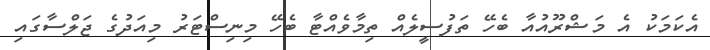
އެކަމަކު އެ މަޝްރޫއުއާ ބެހޭ ތަފުސީލެއް ތިމާވެއްޓާ ބެހޭ މިނިސްޓަރު މިއަދުގެ ޖަލްސާގައި